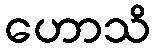
ဟောသိ